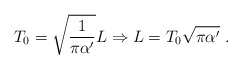
\begin{align*}T_0=\sqrt{\frac{1}{\pi\alpha'}}L \Rightarrow L=T_0\sqrt{\pi \alpha'} \ .\end{align*}